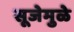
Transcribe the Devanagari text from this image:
सूजेमुळे